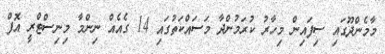
މާމެންދޫގައި ސިފައިން މިހާރު ކުރަމުންދާ މަސައްކަތުގައި 14 ގެއެއް ނިންމާ މިނިސްޓްރީ އޮފް